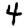
Digit: 4